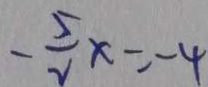
- \frac { 5 } { 2 } x = - 4